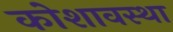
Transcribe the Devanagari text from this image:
कोशावस्था